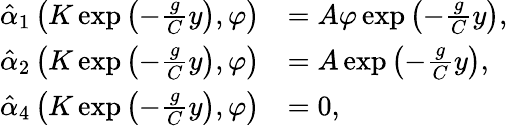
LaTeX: \begin{array}{rl}{\hat{\alpha}_{1}\left(K\exp\left(-\frac{g}{C}y\right),\varphi\right)}&{=A\varphi\exp\left(-\frac{g}{C}y\right),}\\ {\hat{\alpha}_{2}\left(K\exp\left(-\frac{g}{C}y\right),\varphi\right)}&{=A\exp\left(-\frac{g}{C}y\right),}\\ {\hat{\alpha}_{4}\left(K\exp\left(-\frac{g}{C}y\right),\varphi\right)}&{=0,}\end{array}